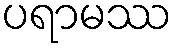
ပရာမဿ